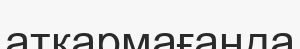
атқармағанда